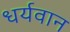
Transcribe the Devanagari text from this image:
धर्यवान